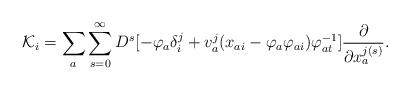
LaTeX: \begin{align*}{\cal K}_{i}=\sum _{a}\sum _{s=0}^{\infty}D^{s}[-\varphi _{a}\delta ^{j}_{i}+v^{j}_{a}(x_{ai}-\varphi _{a}\varphi _{ai})\varphi ^{-1}_{at}]\frac {\partial }{\partial x_{a}^{j(s)}} .\end{align*}